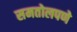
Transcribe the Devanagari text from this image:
समतोलपणे